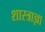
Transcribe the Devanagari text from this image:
शास्त्राज्ञा